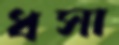
ধসা